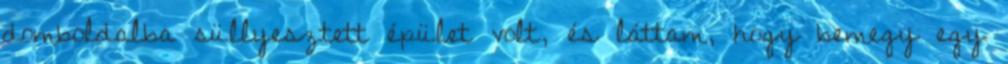
domboldalba süllyesztett épület volt, és láttam, hogy bemegy egy